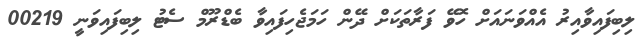
ލިބިފައިވާއިރު އެއްވަނައަށް ހޮވޭ ފަރާތަކަށް ދޭން ހަމަޖެހިފައިވާ ބެޑްރޫމް ސެޓު ލިބިފައިވަނީ 00219